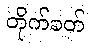
တိုက်ခတ်